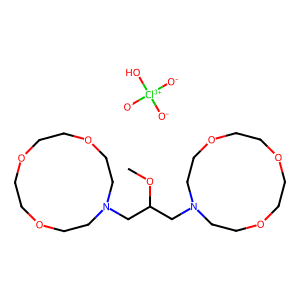
SMILES: COC(CN1CCOCCOCCOCC1)CN1CCOCCOCCOCC1.[O-][Cl+3]([O-])([O-])O
Inhibits HIV replication: No